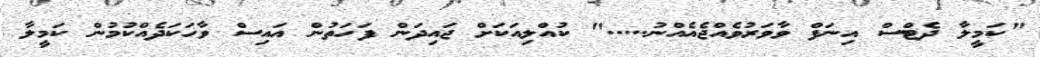
"ކަމީލާ ދެޓްސް އިނަފް ވާވަރުވެއްޖެއެއްނު....." ކުއްލިއަކަށް ޖައިދަން ފަހަތުން އައިސް ވާހަކަދެއްކުމުން ކަމީލާ